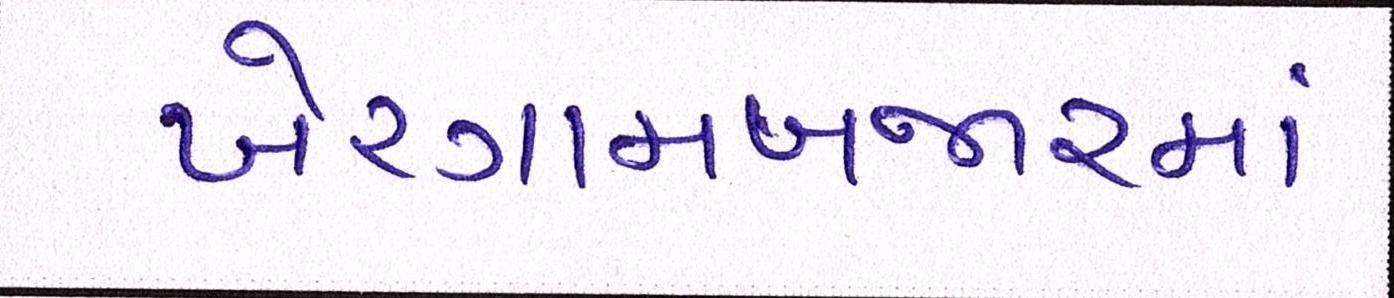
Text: ખેરગામબજારમાં